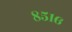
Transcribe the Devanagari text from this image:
८५१६